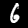
Label: 6